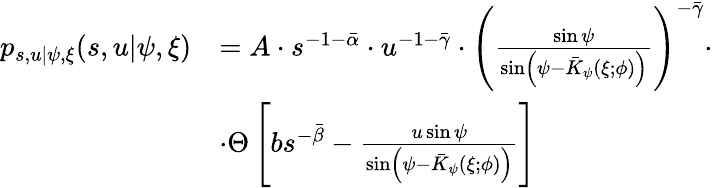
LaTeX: \begin{array}{rl}{p_{s,u|\psi,\xi}(s,u|\psi,\xi)}&{=A\cdot s^{-1-\bar{\alpha}}\cdot u^{-1-\bar{\gamma}}\cdot\left(\frac{\sin\psi}{\sin\left(\psi-\bar{K}_{\psi}(\xi;\phi)\right)}\right)^{-\bar{\gamma}}\cdot}\\ &{\cdot\Theta\left[bs^{-\bar{\beta}}-\frac{u\sin\psi}{\sin\left(\psi-\bar{K}_{\psi}(\xi;\phi)\right)}\right]}\end{array}